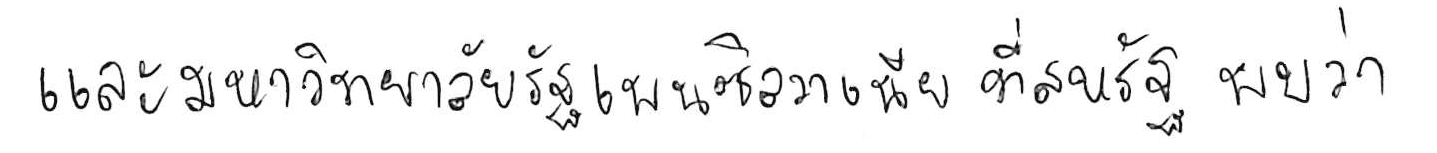
และมหาวิทยาลัยรัฐเพนซิลวาเนีย ที่สหรัฐ พบว่า